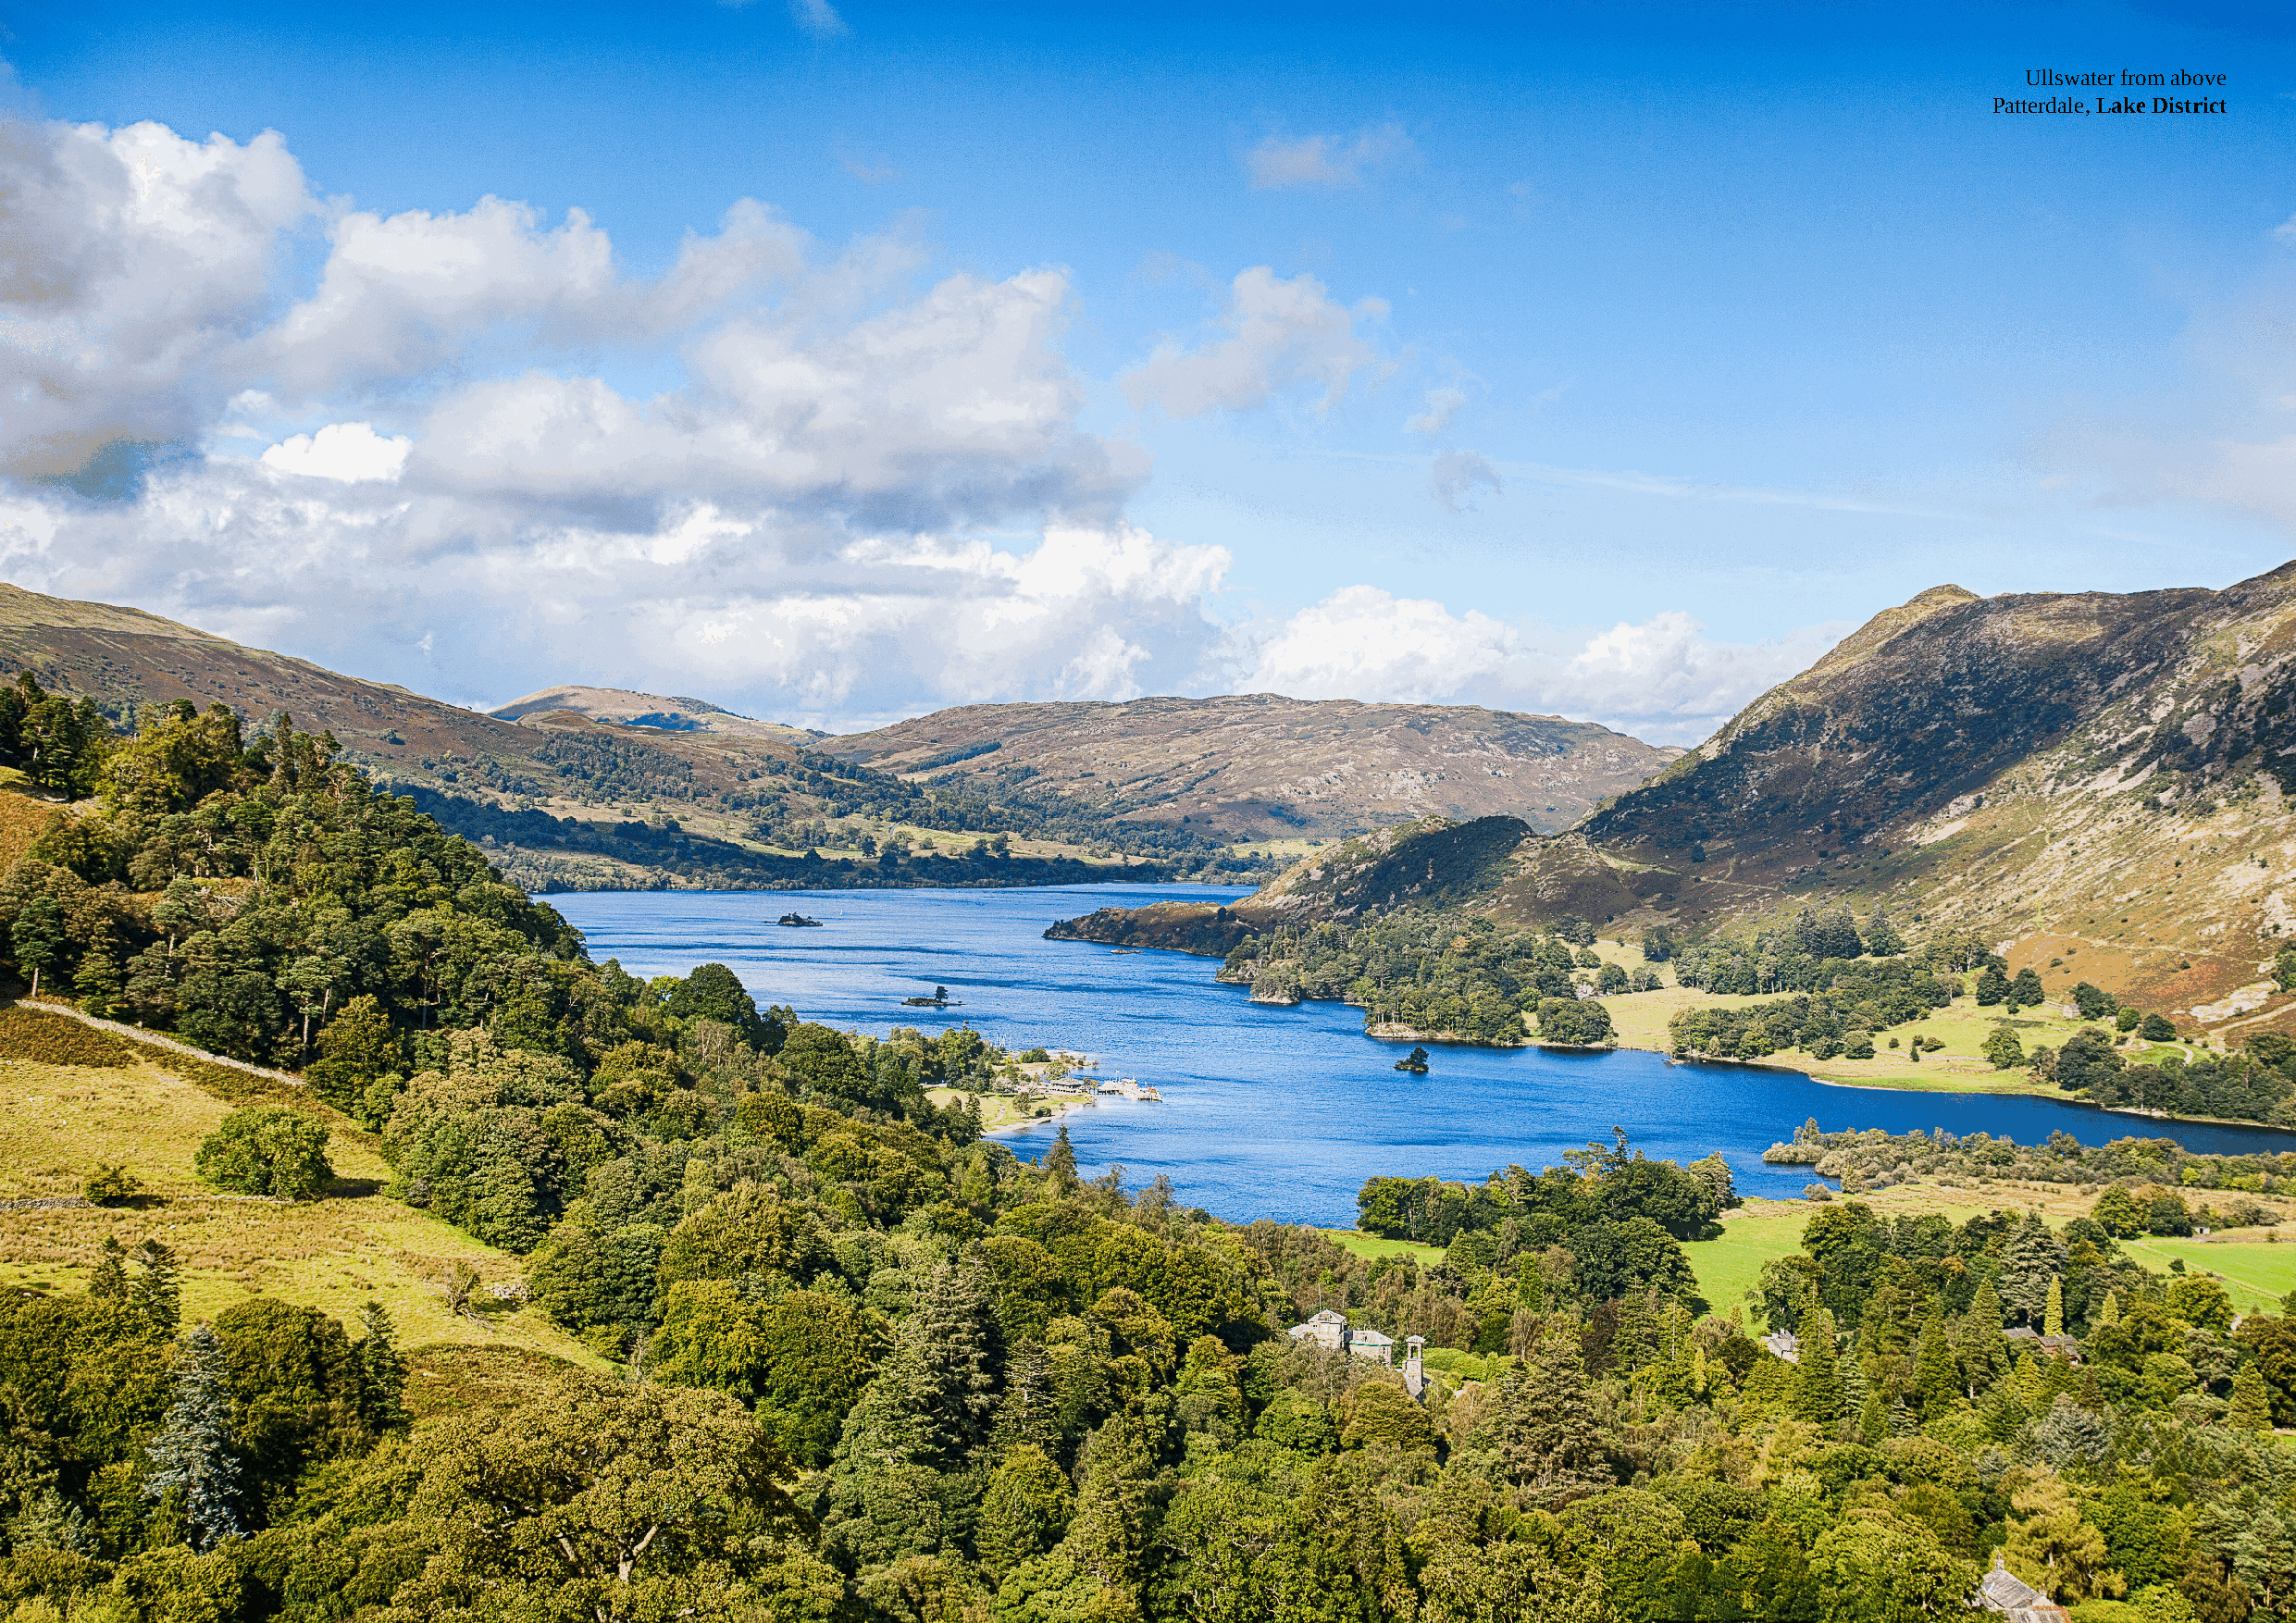
Ullswater from above
 Patterdale, Lake District
 Page 138                                                                                                                                             Page 139